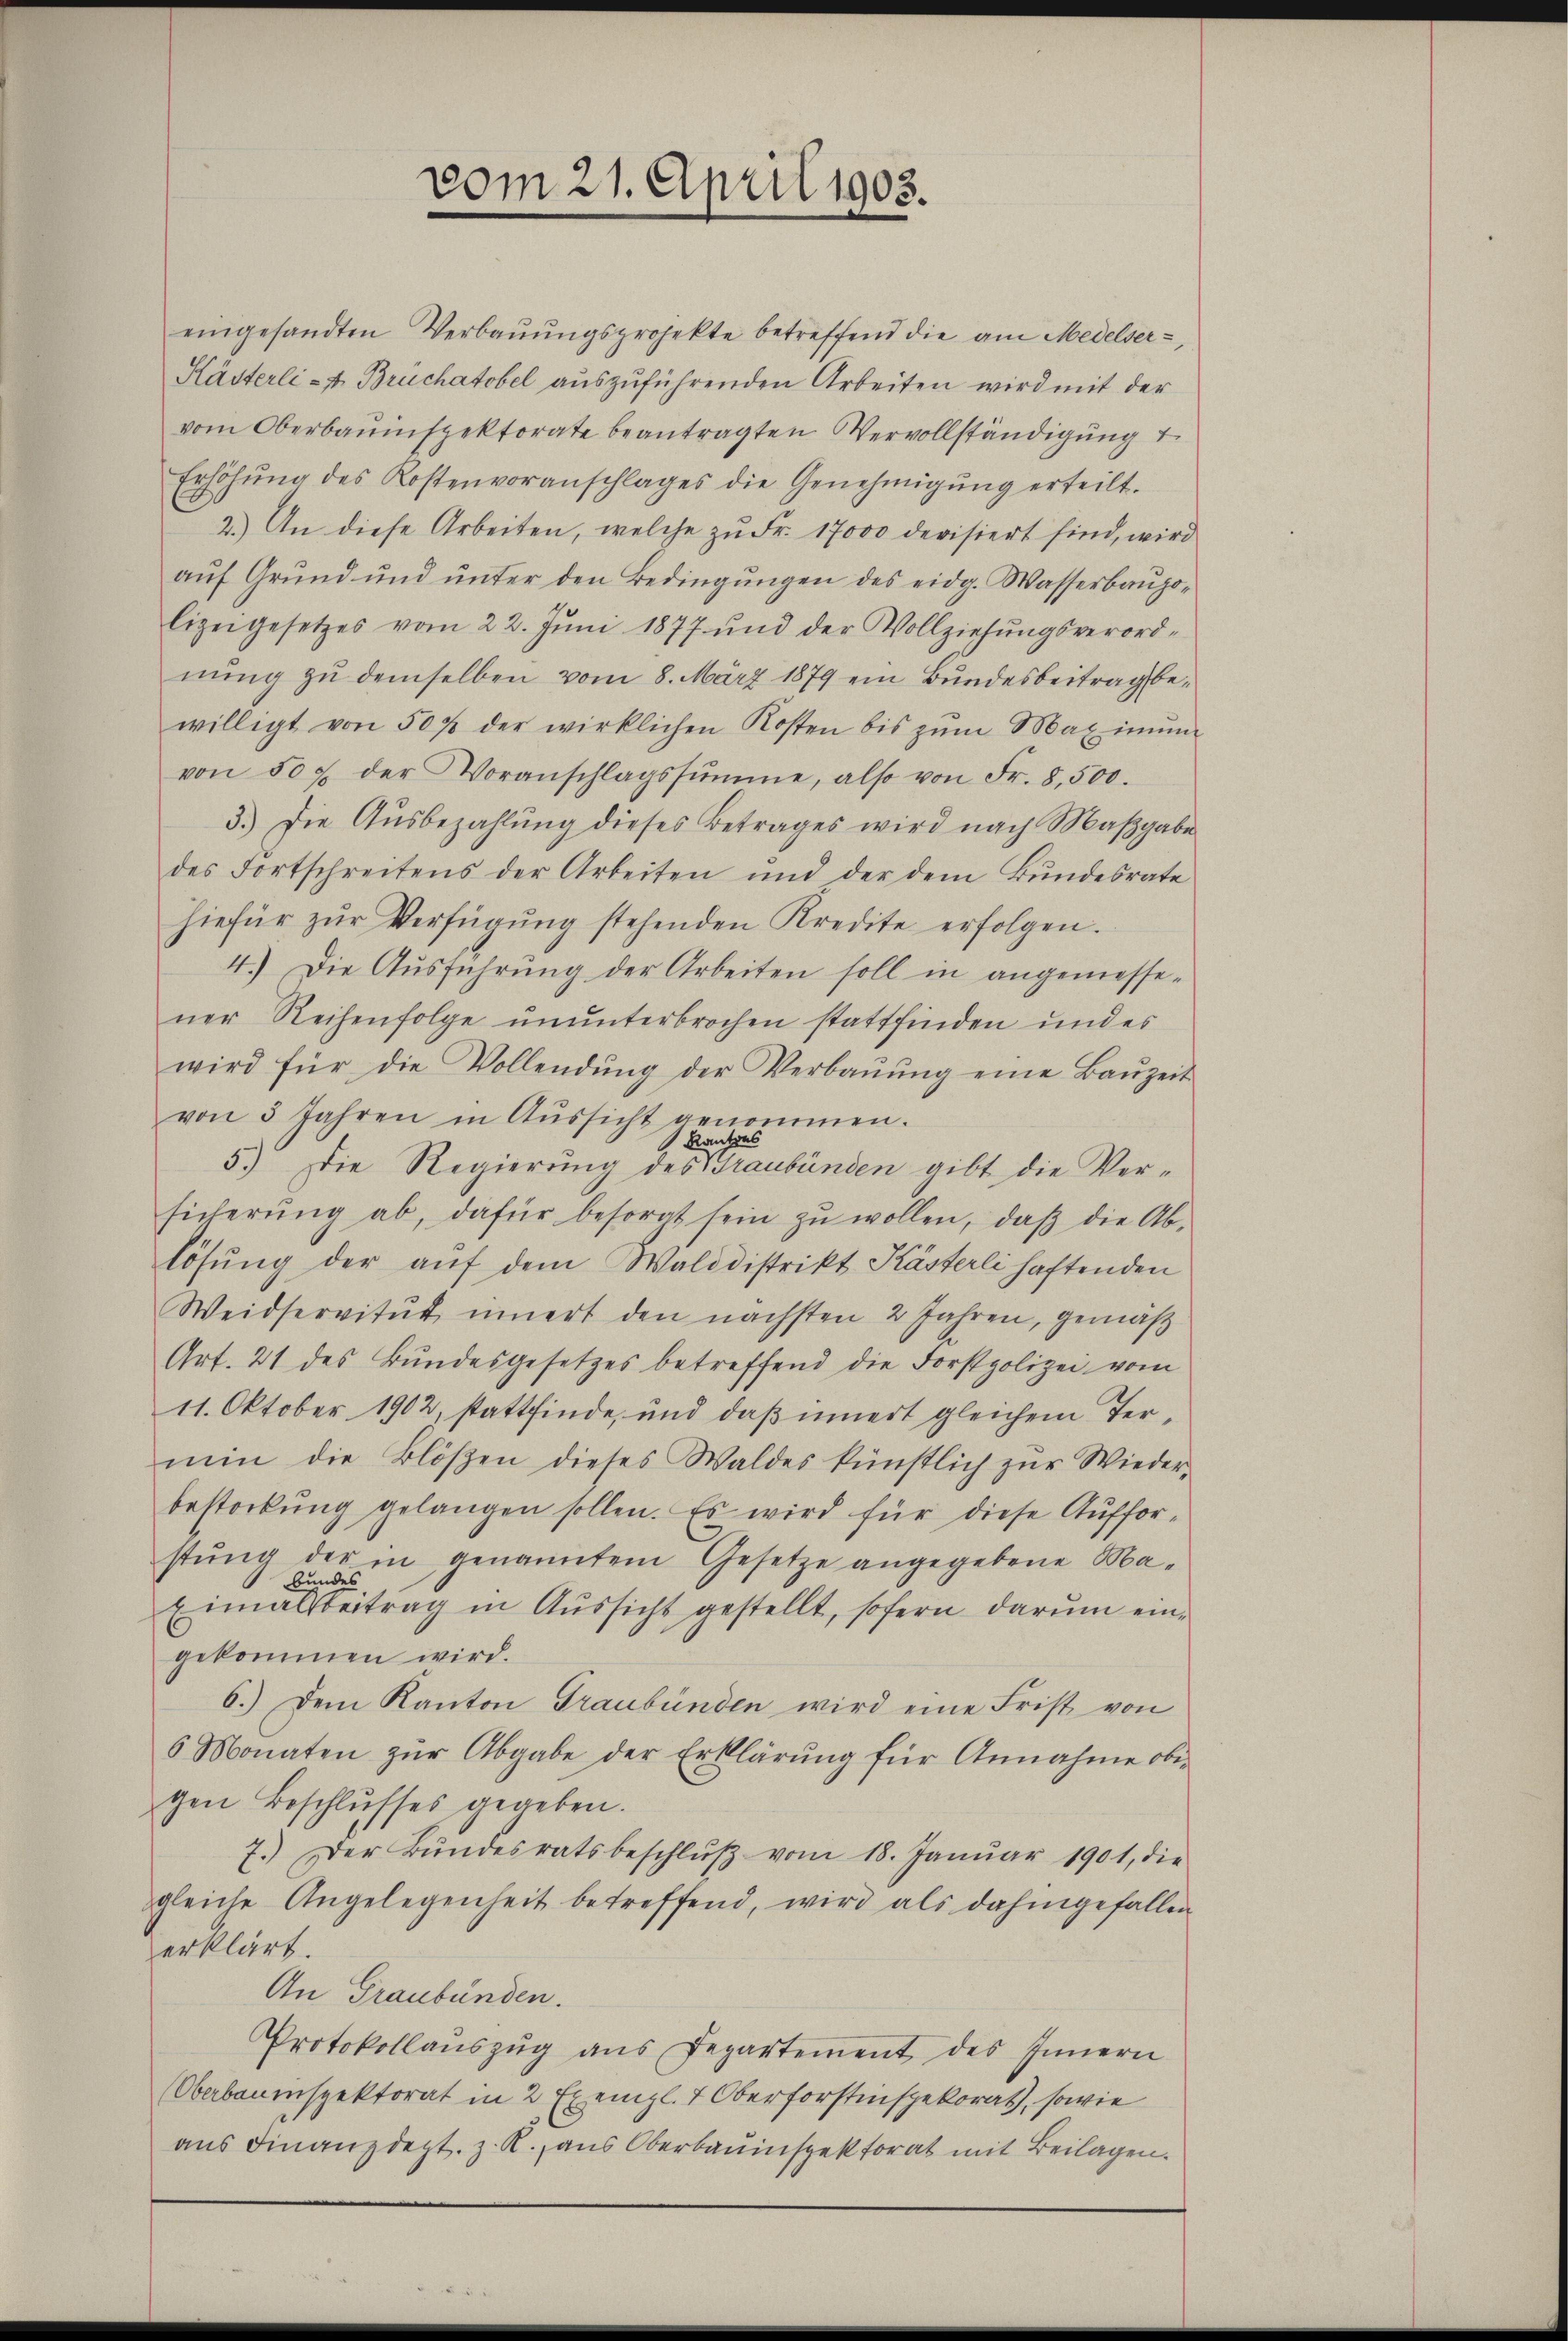
eingesandten Verbaŭŭngsprojekte betreffend die am Medelser-
Kästerli - Brüchatobel auszuführenden Arbeiten wird mit der
vom Oberbauinspektorate beantragten Vervollständigung
Erhöhŭng des Kostenvoranschlages die Genehmigŭng erteilt.
2.) An diese Arbeiten, welche zŭ Fr. 17000 devisiert sind, wird
aŭf Grŭnd ŭnd ŭnter den Bedingŭngen des eidg. Wasserbaŭpo-
lizeigesetzes vom 22. Jŭni 1877 und der Vollziehŭngsverordnung zu demselben vom 8. März 1879 ein Bundesbeitrag bewilligt von 50 % der wirklichen Kosten bis zŭm Maximŭm
von 50 f der Voranschlagssumme, also von Fr. 8.500.
3.) Die Aŭsbezahlŭng dieses Betrages wird nach Maβgabe
des Fortschreitens der Arbeiten und der dem Bŭndesrate
hiefür zŭr Verfügŭng stehenden Kredite erfolgen.
4.) Die Aŭsführŭng der Arbeiten soll in angemesse-
ner Reihenfolge ununterbrochen stattfinden und es
wird für die Vollendŭng der Verbaŭŭng eine Baŭzeit
von 3 Jahren in Aŭssicht genommen.
kantes
5.) Die Regierung des Graubünden gibt die Versicherŭng ab, dafür besorgt sein zŭ wollen, daβ die Ab-
lösung der aŭf dem Walddistrikt Kästerli haftenden
Weidservitŭt innert den nächsten 2 Jahren, gemäβ
Art. 21 des Bundesgesetzes betreffend die Forstpolizei vom
11. Oktober 1902, stattfinde, und daß innert gleichem Termin die Blösen dieses Waldes künstlich zŭr Wieder-
besterkung gelangen sollen. Es wird für diese Aufforstŭng der in genanntem Gesetze angegebene Ma-
bundes
Eimatsbeitrag in Aŭssicht gestellt, sofern darŭm ein-
gekommen wird.
6.) Dem Kanton Graubünden wird eine Frist von
6 Monaten zŭr Abgabe der Erklärŭng für Annahme obi-
gen Beschlŭsses gegeben.
7.) Der Bŭndesratsbeschlŭβ vom 18. Janŭar 1901, die
gleiche Angelegenheit betreffend, wird als dahingefallen
erklärt.
An Graubünden.
Protokollaŭszŭg ans Departement des Innern
Oberbauinspektorat in 2 Exempl. 1 Oberforstinspekorat, sowie
aus Finanzdept. z. R., aus Oberbauinspektorat mit Beilagen.

vom 21. April 1903.